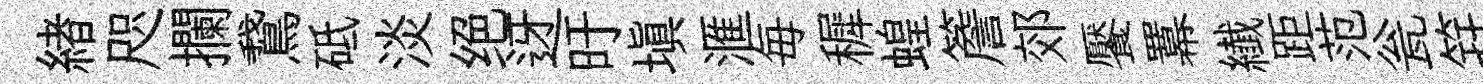
緖咫攔鵞砥淡绝迓旴塡滙毎穉蝗簷郊饜羃纎距范瓮笄